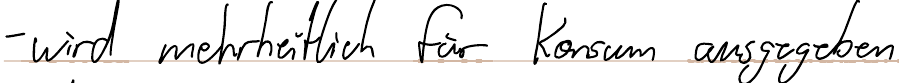
- wird mehrheitlich für Konsum ausgegeben